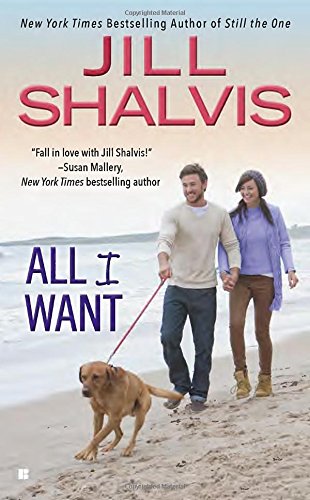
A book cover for All I Want (An Animal Magnetism Novel); Jill Shalvis; Romance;